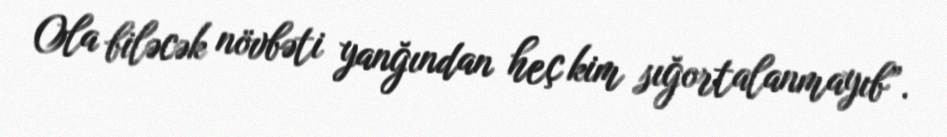
Ola biləcək növbəti yanğından heç kim sığortalanmayıb”.